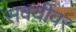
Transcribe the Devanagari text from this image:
सवयींवर